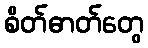
စိတ်ဓာတ်တွေ